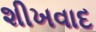
શીખવાદ